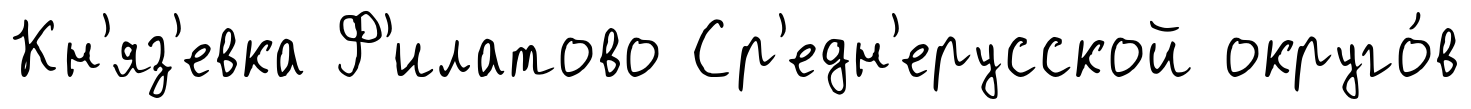
Кн'яз'евка Ф'илатово Ср'едн'ерусской округо́в